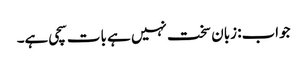
جواب: زبان سخت نہیں ہے بات سچی ہے۔